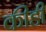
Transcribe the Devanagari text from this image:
कीडी